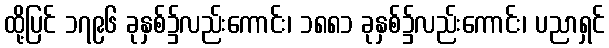
ထို့ပြင် ၁၇၉၆ ခုနှစ်၌လည်းကောင်း၊ ၁၈၈၁ ခုနှစ်၌လည်းကောင်း၊ ပညာရှင်